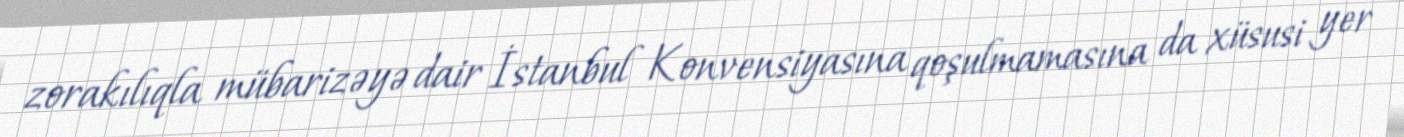
zorakılıqla mübarizəyə dair İstanbul Konvensiyasına qoşulmamasına da xüsusi yer